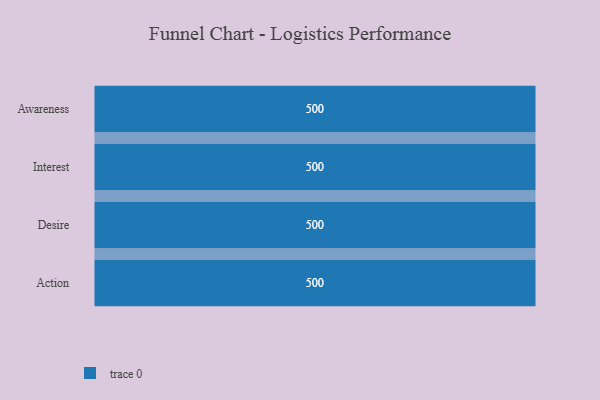
{"axis": {"x": "Stage", "y": "Value"}, "legend": [""], "data": [{"x": "Awareness", "y": 500, "type": ""}, {"x": "Interest", "y": 500, "type": ""}, {"x": "Desire", "y": 500, "type": ""}, {"x": "Action", "y": 500, "type": ""}]}